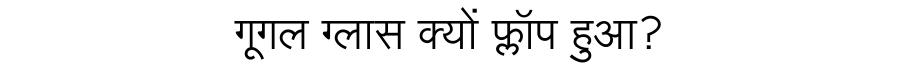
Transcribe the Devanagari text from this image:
गूगल ग्लास क्यों फ्लॉप हुआ?